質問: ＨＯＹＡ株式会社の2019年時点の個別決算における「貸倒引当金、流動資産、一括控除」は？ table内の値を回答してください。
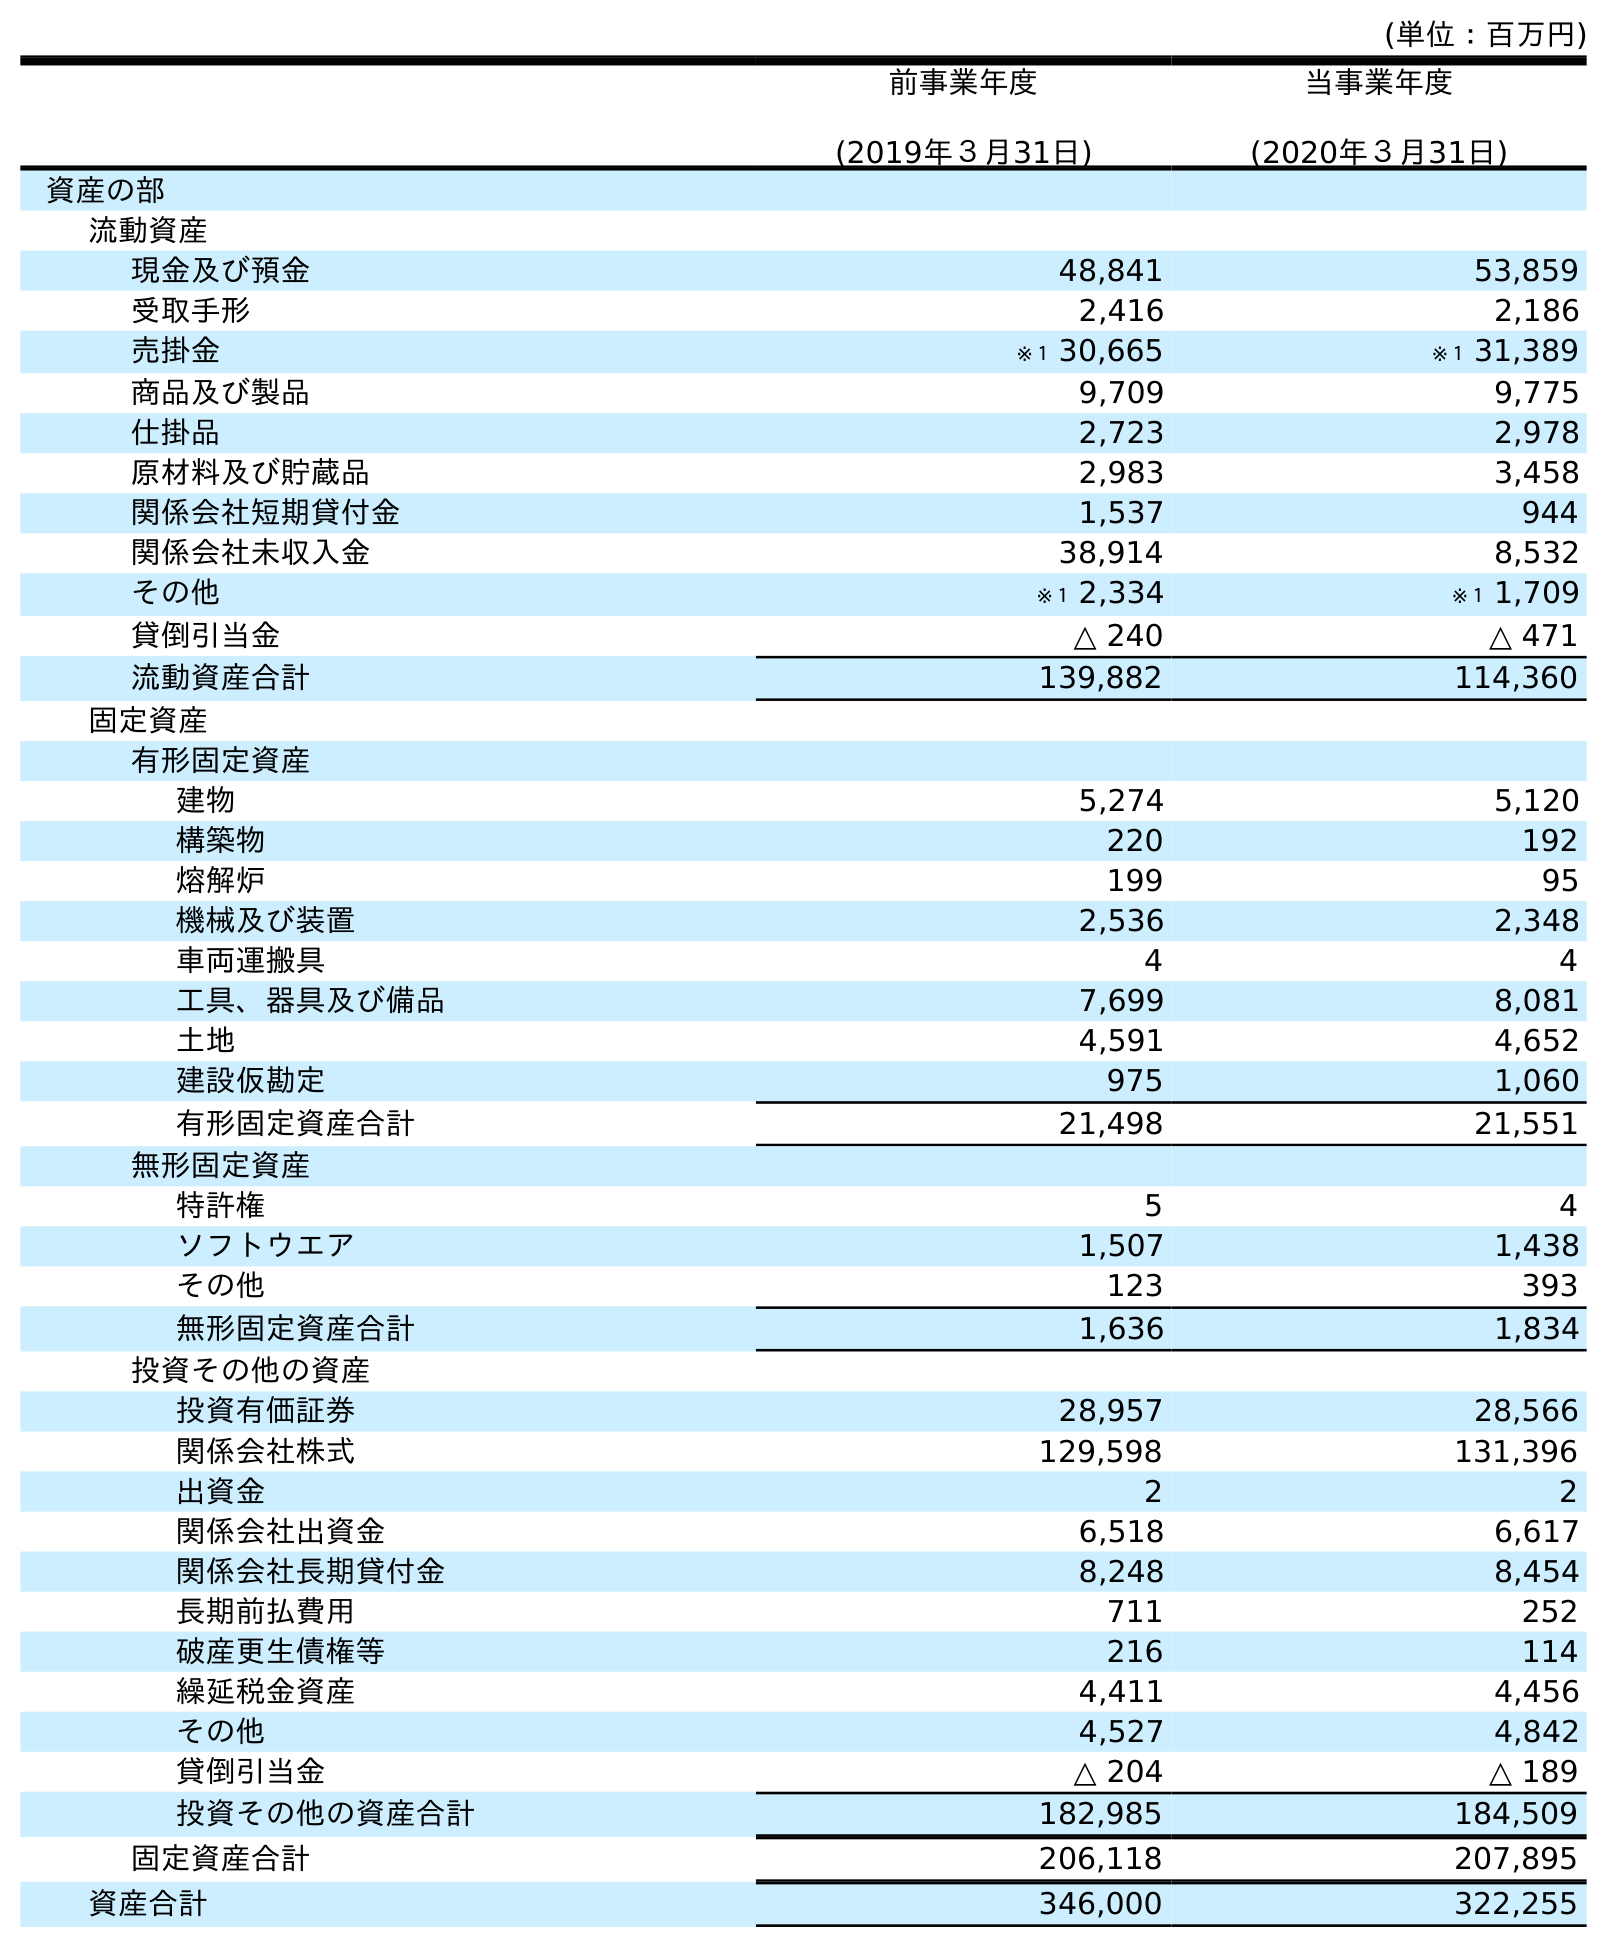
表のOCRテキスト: (単位：百万円) 前事業年度 (2019年３月31日) 当事業年度 (2020年３月31日) 資産の部 流動資産 現金及び預金 48,841 53,859 受取手形 2,416 2,186 売掛金 ※１ 30,665 ※１ 31,389 商品及び製品 9,709 9,775 仕掛品 2,723 2,978 原材料及び貯蔵品 2,983 3,458 関係会社短期貸付金 1,537 944 関係会社未収入金 38,914 8,532 その他 ※１ 2,334 ※１ 1,709 貸倒引当金 △ 240 △ 471 流動資産合計 139,882 114,360 固定資産 有形固定資産 建物 5,274 5,120 構築物 220 192 熔解炉 199 95 機械及び装置 2,536 2,348 車両運搬具 4 4 工具、器具及び備品 7,699 8,081 土地 4,591 4,652 建設仮勘定 975 1,060 有形固定資産合計 21,498 21,551 無形固定資産 特許権 5 4 ソフトウエア 1,507 1,438 その他 123 393 無形固定資産合計 1,636 1,834 投資その他の資産 投資有価証券 28,957 28,566 関係会社株式 129,598 131,396 出資金 2 2 関係会社出資金 6,518 6,617 関係会社長期貸付金 8,248 8,454 長期前払費用 711 252 破産更生債権等 216 114 繰延税金資産 4,411 4,456 その他 4,527 4,842 貸倒引当金 △ 204 △ 189 投資その他の資産合計 182,985 184,509 固定資産合計 206,118 207,895 資産合計 346,000 322,255
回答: △240